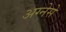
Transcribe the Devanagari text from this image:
अग्नेसे